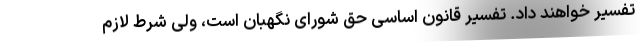
تفسیر خواهند داد. تفسیر قانون اساسی حق شورای نگهبان است، ولی شرط لازم